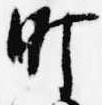
町